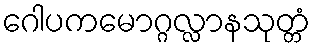
ဂေါပကမောဂ္ဂလ္လာနသုတ္တံ